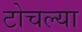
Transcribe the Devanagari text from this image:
टोचल्या